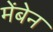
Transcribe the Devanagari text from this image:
मेंबेन